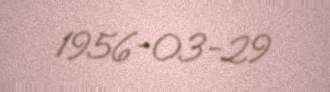
1956-03-29